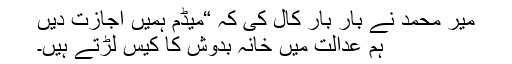
میر محمد نے بار بار کال کی کہ “میڈم ہمیں اجازت دیں
ہم عدالت میں خانہ بدوش کا کیس لڑتے ہیں۔